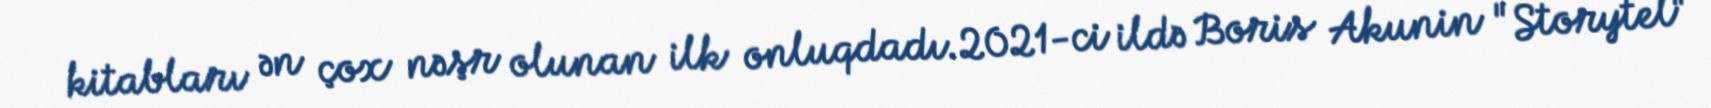
kitabları ən çox nəşr olunan ilk onluqdadı.2021-ci ildə Boris Akunin "Storytel"